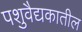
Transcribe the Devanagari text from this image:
पशुवैद्यकातील